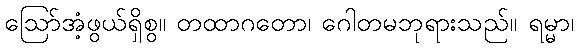
ဩော်အံ့ဖွယ်ရှိစွ။ တထာဂတော၊ ဂေါတမဘုရားသည်။ ရမ္မာ၊